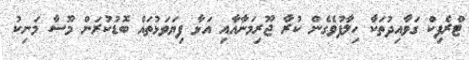
ޓްރެފިކް ގަވާއިދުތަކާ ހިލާފުވެގެން ކުރާ ޖޫރިމަނާއާއި އަޅާ ފިޔަވަޅުތައް ބޮޑުކުރަން މޫސާ މަނިކު